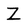
Character: Z